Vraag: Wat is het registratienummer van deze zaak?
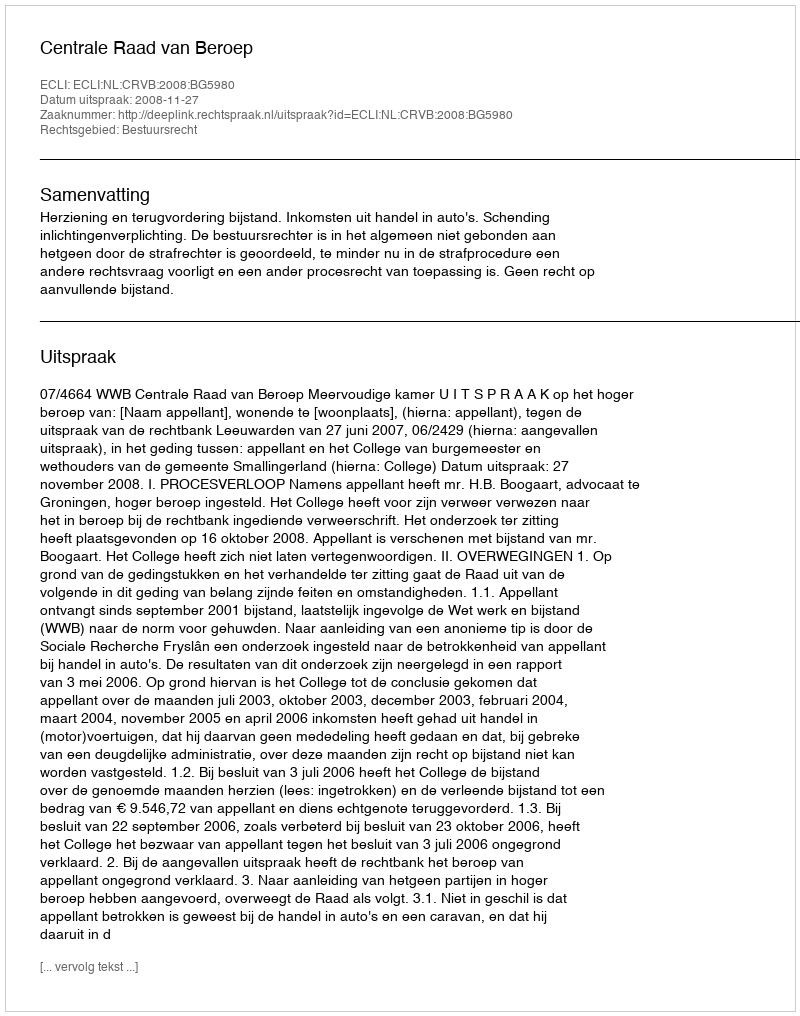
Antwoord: http://deeplink.rechtspraak.nl/uitspraak?id=ECLI:NL:CRVB:2008:BG5980